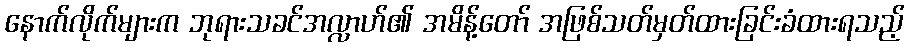
နောက်လိုက်များက ဘုရားသခင်အလ္လာဟ်၏ အမိန့်တော် အဖြစ်သတ်မှတ်ထားခြင်းခံထားရသည့်